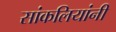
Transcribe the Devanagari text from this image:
सांकलियांनी